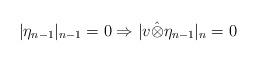
LaTeX: \begin{align*}|\eta_{n-1}|_{n-1}=0\Rightarrow |v\hat\otimes \eta_{n-1}|_n=0\end{align*}